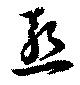
慙